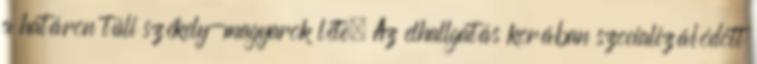
a határon túli székely-magyarok léte. Az elhallgatás korában szocializálódott